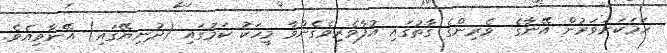
ހަމަކަށަވަރުން އޭނާގެ  ވެރިންގެ ގާތުގައި އުފާވެރިވެގެންވާ މީހަކު ކަމުގައި (ދުނިޔޭގައި) އޭނާވިއެވެ.